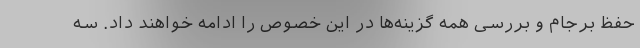
حفظ برجام و بررسی همه گزینه‌ها در این خصوص را ادامه خواهند داد. سه